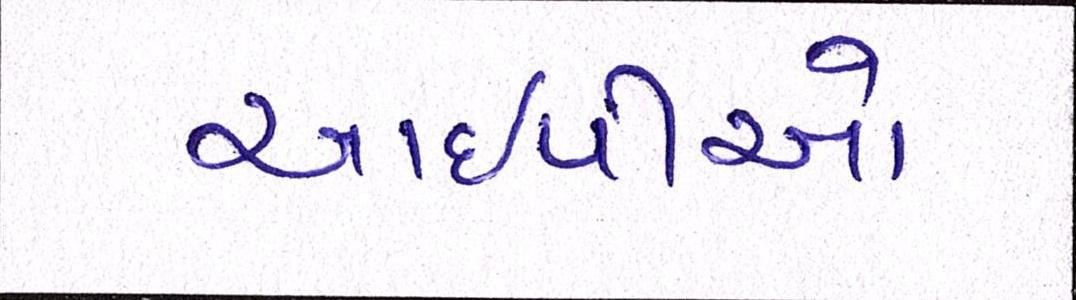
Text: આઈપીઓ